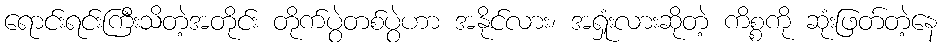
ရောင်းရင်းကြီးသိတဲ့အတိုင်း တိုက်ပွဲတစ်ပွဲဟာ အနိုင်လား၊ အရှုံးလားဆိုတဲ့ ကိစ္စကို ဆုံးဖြတ်တဲ့နေ